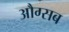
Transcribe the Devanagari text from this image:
औग्सब